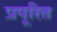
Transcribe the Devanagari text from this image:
प्रपूरित